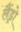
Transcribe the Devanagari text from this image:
लैंड्रो